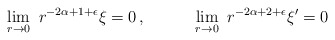
\begin{align*}\lim_{r\rightarrow 0}~ r^{-2\alpha+1+\epsilon} \xi =0 \, , \qquad \quad\lim_{r\rightarrow 0}~ r^{-2\alpha+2+\epsilon} \xi' =0 \end{align*}